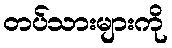
တပ်သားများကို